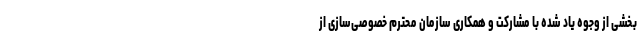
بخشی از وجوه یاد شده با مشارکت و همکاری سازمان محترم خصوصی‌سازی از